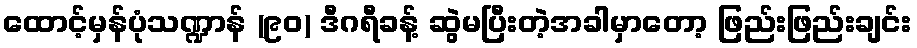
ထောင့်မှန်ပုံသဏ္ဍာန် (၉၀) ဒီဂရီခန့် ဆွဲမပြီးတဲ့အခါမှာတော့ ဖြည်းဖြည်းချင်း